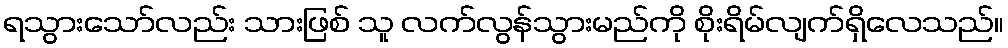
ရသွားသော်လည်း သားဖြစ် သူ လက်လွန်သွားမည်ကို စိုးရိမ်လျက်ရှိလေသည်။